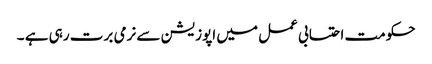
حکومت احتسابی عمل میں اپوزیشن سے نرمی برت رہی ہے ۔